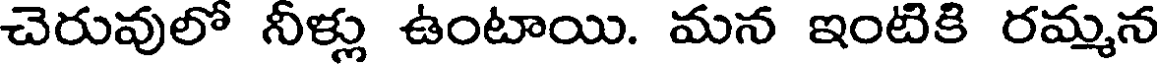
చెరువులో నీళ్లు ఉంటాయి. మన ఇంటికి రమ్మన